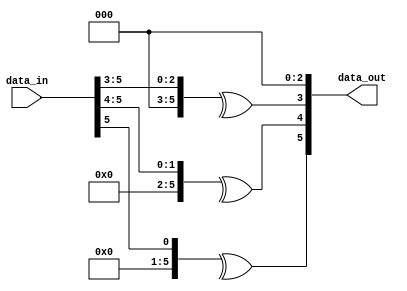
// SPDX-License-Identifier: Apache-2.0
// Copyright (C) 2019 Intel Corporation. All rights reserved
//------------------------------------------------------------------------
//
// Revision:    $Revision: #1 $
//------------------------------------------------------------------------
//-----------------------------------------------------------------------------
// Description : Gray to binary conversion when binary count is expected to increment by 8
//-----------------------------------------------------------------------------

module cdclib_graytobin_inc8
   #(
      parameter WIDTH           = 6 // Data width 
    )
   (
   // Inputs
   input  wire [WIDTH-1:0]  data_in,       // data in
   // Outputs
   output wire  [WIDTH-1:0]  data_out       // data out
   );


   genvar                      i;
   
   assign data_out[2:0] = 3'b000;
   generate
      for (i = 3; i <= WIDTH-1; i = i+1) begin: GREY_TO_BIN
        assign data_out[i] = ^(data_in >> i);            
         
      end // block: GRAY_TO_BIN
   endgenerate


endmodule